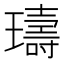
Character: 璹